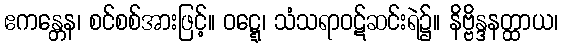
ဧကန္တေန၊ စင်စစ်အားဖြင့်။ ဝဋ္ဋေ၊ သံသရာဝဋ်ဆင်းရဲ၌။ နိဗ္ဗိန္ဒနတ္ထာယ၊